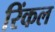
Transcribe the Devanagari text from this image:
रिंकल